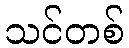
သင်တစ်